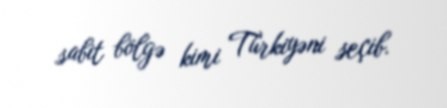
sabit bölgə kimi Türkiyəni seçib.